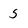
Character: 5